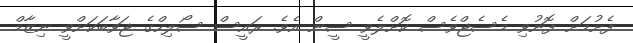
ފެށުމަށް ފޮނުވި މެސެޖްވެސް ކޮށްލެވީ ސީން އެވެ. ރައީސް ސޯލިހްގެ ޖަވާބަކަށްވީ ނިޒާމް